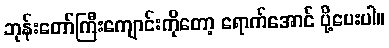
ဘုန်းတော်ကြီးကျောင်းကိုတော့ ရောက်အောင် ပို့ပေးပါ။